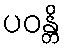
ပဝန္တိ